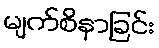
မျက်စိနာခြင်း